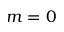
m = 0